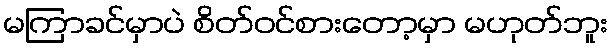
မကြာခင်မှာပဲ စိတ်ဝင်စားတော့မှာ မဟုတ်ဘူး